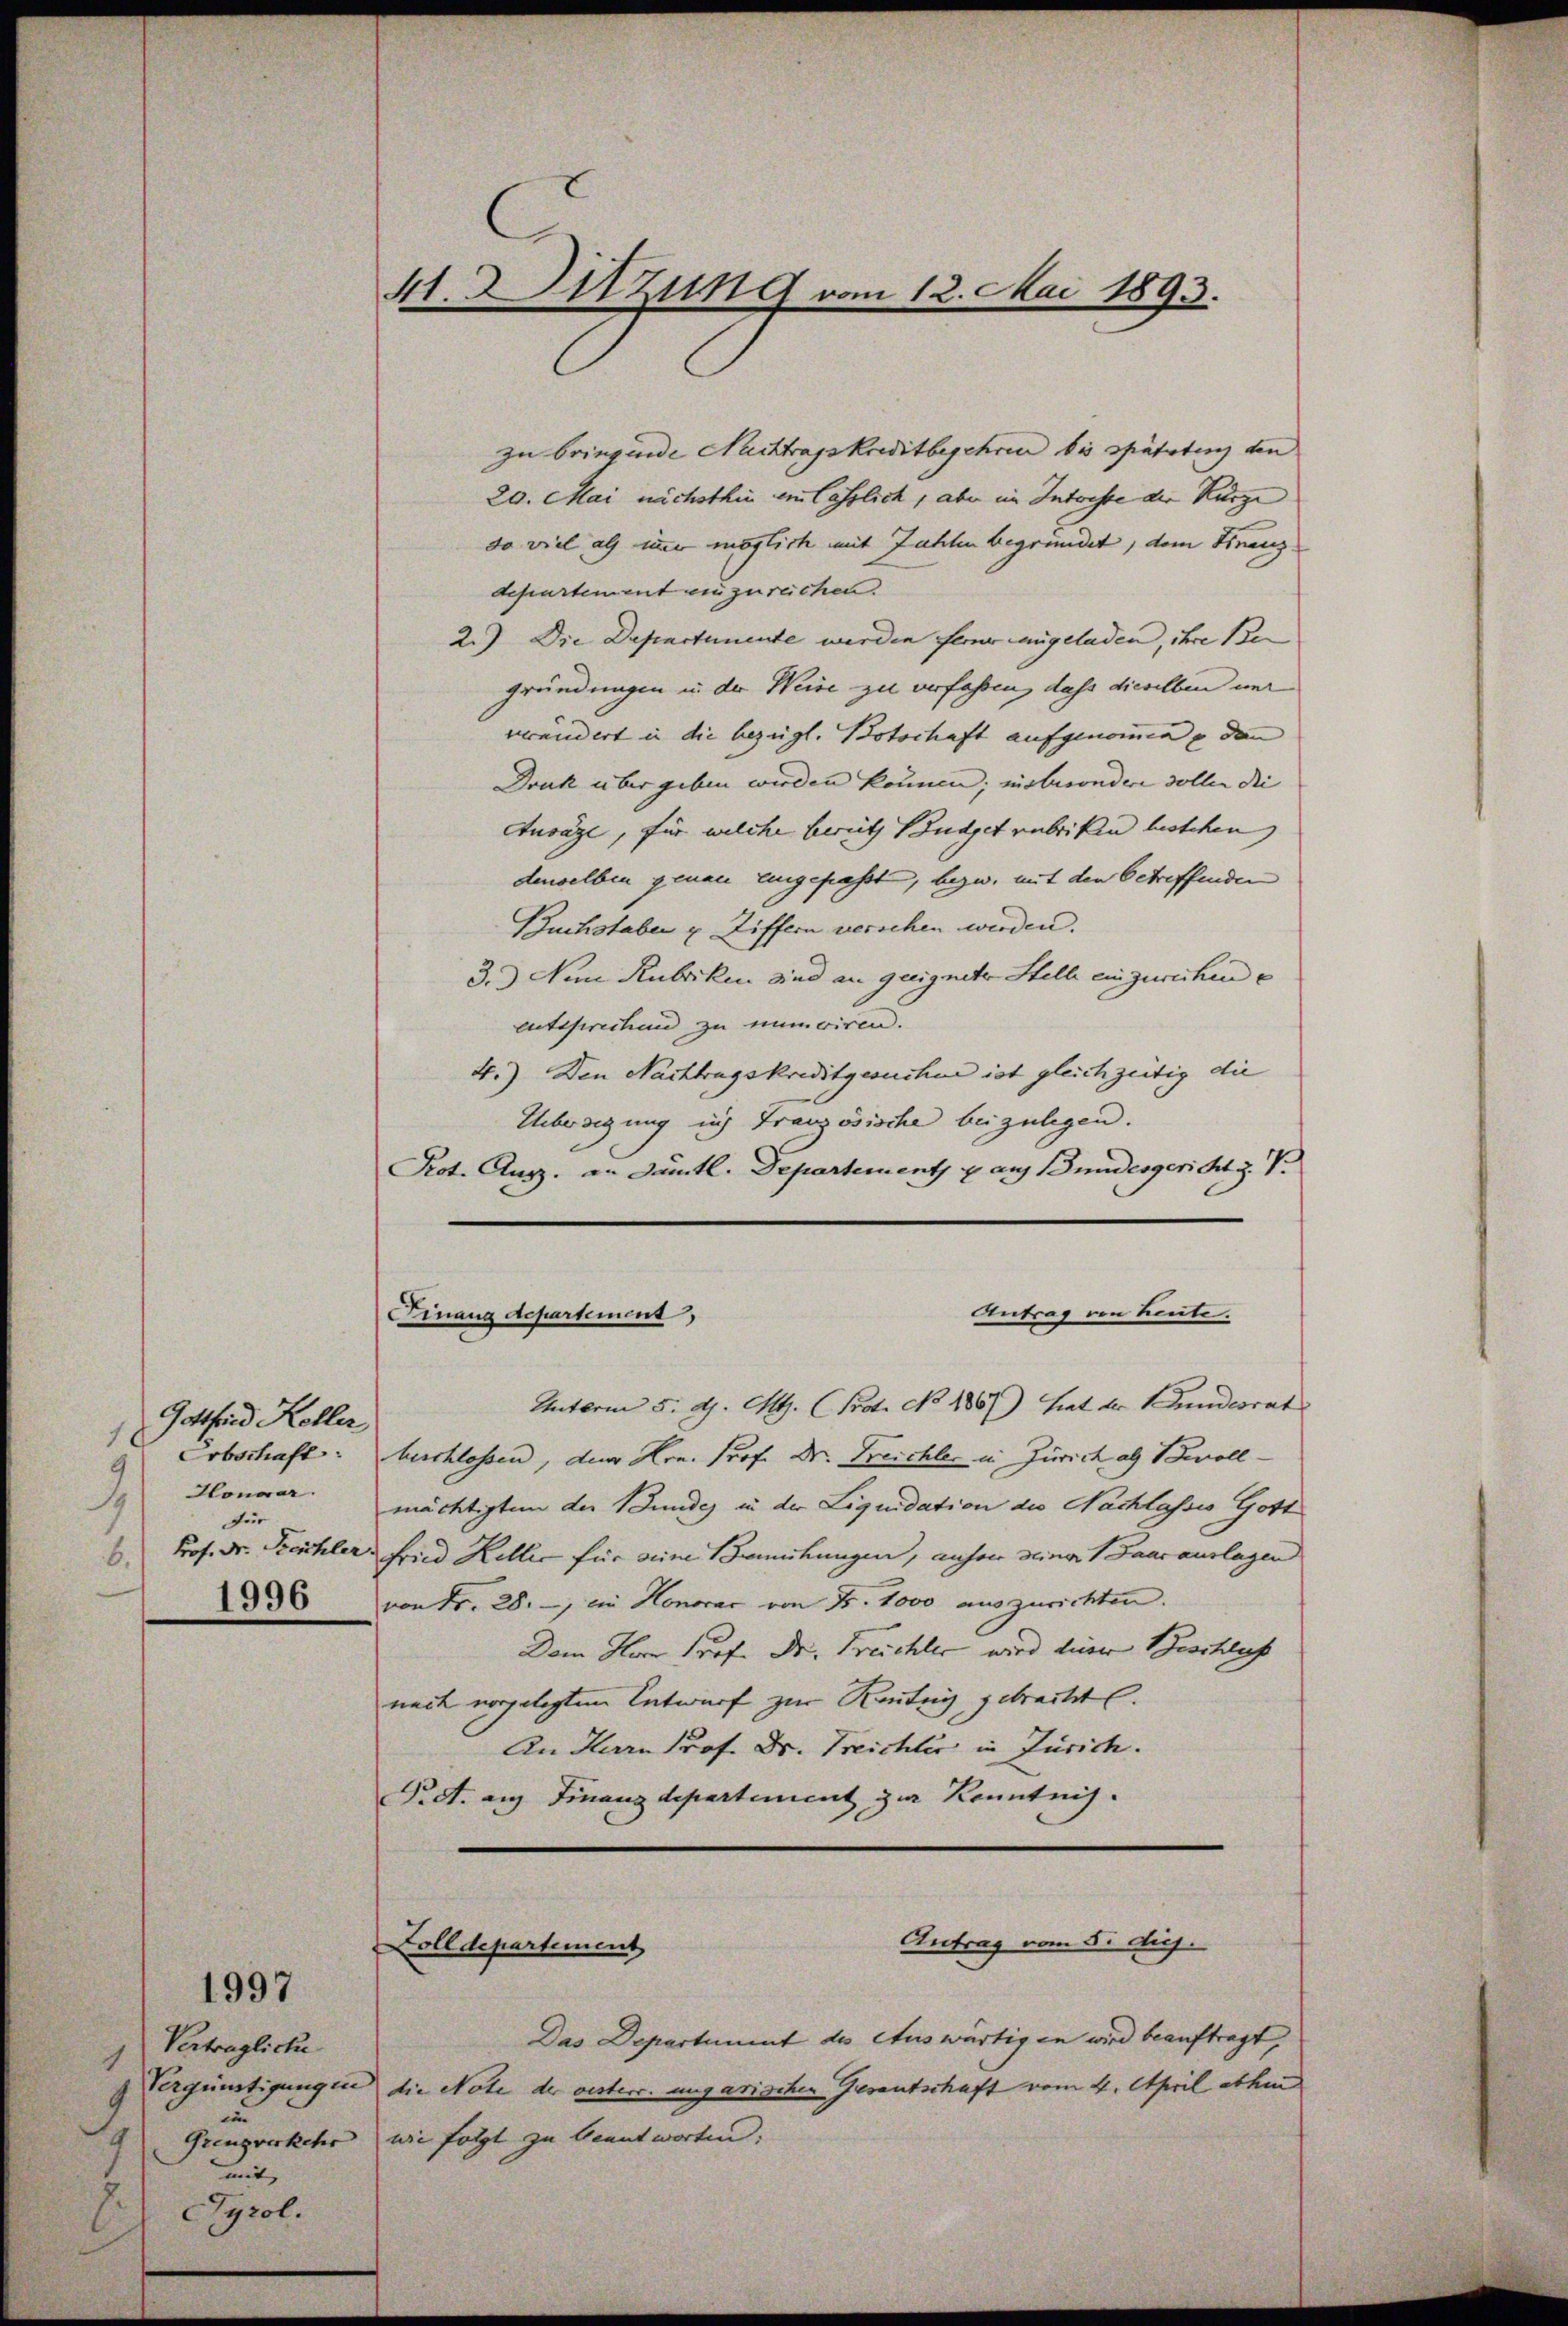
Gottfind Koller
1
Erbschaft
9
 Honorar.
für
6.
1996

Vertragliche
in
Grenzverkehr
mit
Tyrol.

1
1

1997

41. Sitzung vom 12. Mai 1893.

zu bringende Nachtragskreditbegehren bis spätetenz den
20. Mai nichsthin ein lässlich, aber im Intrisse der Kürze
so viel als immer möglich mit Zahlen begründet, dem Finanz
departement einzureichen.
2.) Die Departemente werden ferne angeladen, ihre Be
gründungen u. der Weise zu verfassen, daß dieselben unr
verändert in die bezügl. Botschaft aufgenommen u dann
Druk über geben werden können; nisbesondere sollen die |
Ausäge, für welche bereits Budget zubriken bestehen, |
denselben genau eingepasst, bezw. mit den betreffenden
Buchstaben u. Ziffern verschen werden.
3.) Non Rubriken sind an geeignete Stell einzurechene
entsprechend zu minoiren.
4.) Den Nachtrugskreditgesuchen ist gleichzeitig die
Ueberdigung ich Französische beizulegen.
Pot. Aug. an sämtl. Departement u aus Bundesgericht z. V
Antrag von Leute.
Finanz Aepartement,
Unterm 5. d. Mts. (Prot. No. 1867) hat der Bundesrat
beschlossen, dem Hrn. Prof. Dr. Freichler in Zürich als Bevollmächtigten der Bundes in der Liquidation des Nachlasses Gott
Prof. Dr. Freichler Fried Keller für eine Bemühungen, anfere seiner Baarauslagen
von Fr. 28. ein Honorar von Fr. 1000 auszurichten.
Dem Herr Prof. Dr. Freichler wird dieser Beschluss
neck vorgelegten Entwurf zur Reutig gebracht.
An Harn Prof. Dr. Treichler in Zürich.
Pret. auf Finanzdepartement zur Kenntnis.

Zolldepartement

Antrag vom 8. diej

Das Departiment des Auswärtigen wird beauftragt,
Vergünstigungen die Note der vesterr. ungarischen Gesantschaft vom 4. April abhin
wie folgt zu beantworten.